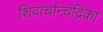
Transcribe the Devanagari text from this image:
शिवार्चान्चंद्रिका